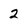
Character: 2